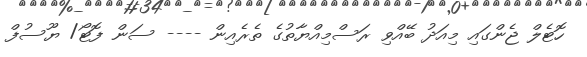
ހޮޓެލް ޖެންގައި މިއަދު ބޭއްވި ރަސްމިއްޔާތުގެ ތެރެއިން ---- ސަން ފޮޓޯ/ ޔޫސުފް